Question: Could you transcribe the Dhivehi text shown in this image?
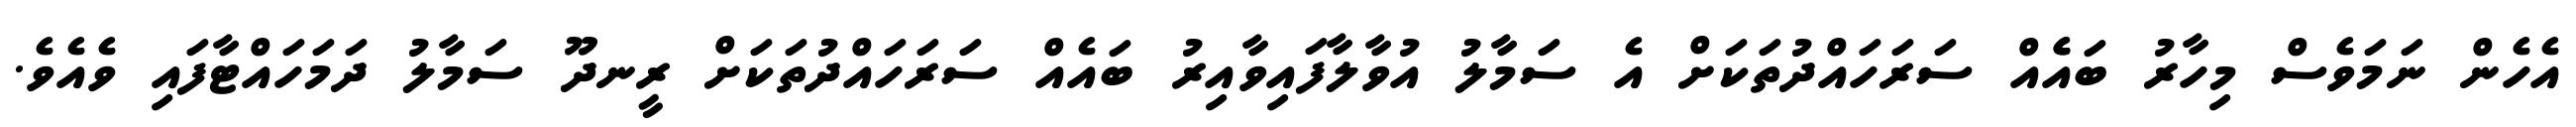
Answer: އެހެން ނަމަވެސް މިހާރު ބައެެއް ސަރަހައްދުތަކަށް އެ ސަމާލު އުވާލާފައިވާއިރު ބައެއް ސަރަހައްދުތަކަށް ރީނދޫ ސަމާލު ދަމަހައްޓާފައި ވެއެވެ.